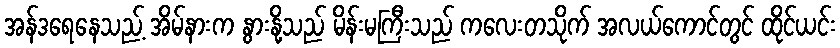
အန်ဒရေနေသည့် အိမ်နားက နွားနို့သည် မိန်းမကြီးသည် ကလေးတသိုက် အလယ်ကောင်တွင် ထိုင်ယင်း